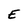
Character: E